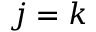
j = k